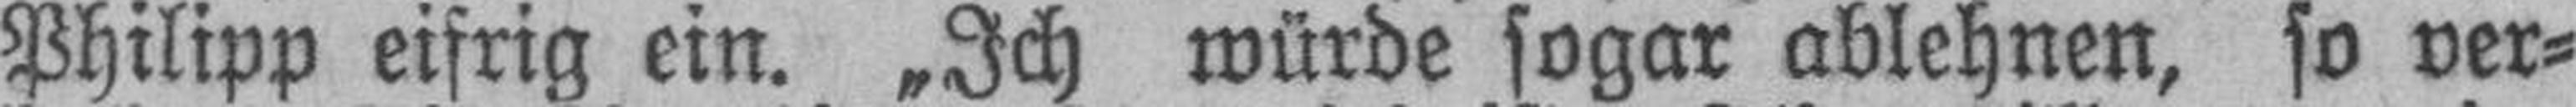
Philipp eifrig ein. „Ich würde sogar ablehnen, so ver¬